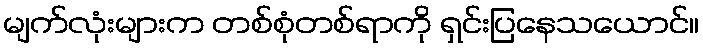
မျက်လုံးများက တစ်စုံတစ်ရာကို ရှင်းပြနေသယောင်။